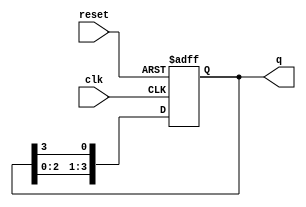
module ring_counter #(
    parameter N = 4  // Number of stages (flip-flops)
)(
    input wire clk,        // Clock input
    input wire reset,      // Asynchronous reset input
    output reg [N-1:0] q   // Output state of the ring counter
);

// Internal signal for the next state
reg [N-1:0] next_q;

always @(posedge clk or posedge reset) begin
    if (reset) begin
        // Initialize the counter to 100...0
        q <= 1'b1 << (N-1); // Set the MSB to '1' and others to '0'
    end else begin
        // Shift the '1' to the right
        q <= next_q;
    end
end

always @* begin
    // Calculate the next state
    next_q = {q[N-2:0], q[N-1]}; // Shift left and wrap around
end

endmodule